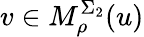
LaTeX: v\in M_{\rho}^{\Sigma_{2}}(u)